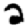
Digit: 2